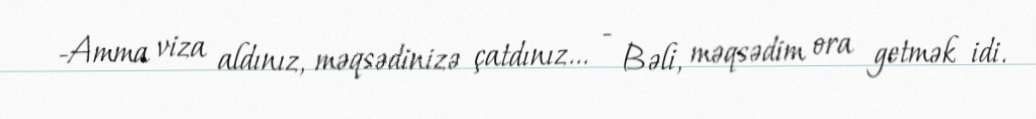
-Amma viza aldınız, məqsədinizə çatdınız... - Bəli, məqsədim ora getmək idi.